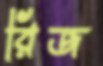
রিজ